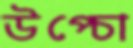
উপ্‌চো